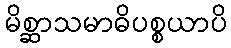
မိစ္ဆာသမာဓိပစ္စယာပိ